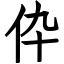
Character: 伜